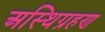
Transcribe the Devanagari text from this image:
अस्थिग्रहण